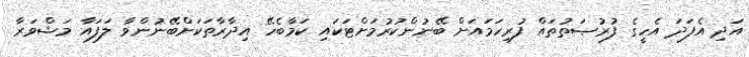
އަދި އެފަދަ އެހީގެ ފުރުޞަތުތައް ފުރިހަމައަށް ބޭނުންކުރުމަށްޓަކައި ކަމާބެހޭ އިދާރާތަކަށްބޭނުންވާ ލަފައާ މަޝްވަރާ